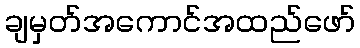
ချမှတ်အကောင်အထည်ဖော်